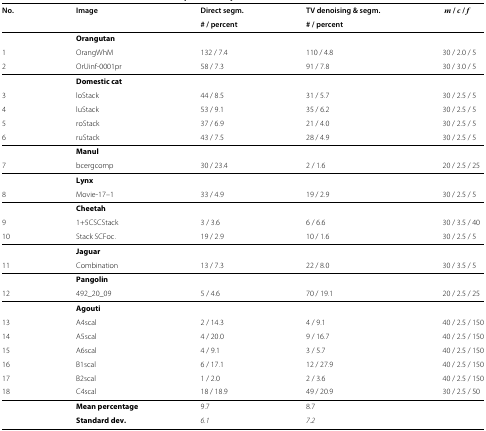
<table><thead><tr><td><b>No.</b></td><td><b>Image</b></td><td><b>Direct segm.</b></td><td><b>TV denoising &amp; segm.</b></td><td><b><i>m</i> /<i>c</i> /<i>f</i></b></td></tr><tr><td><b> </b></td><td><b> </b></td><td><b># / percent</b></td><td><b># / percent</b></td><td><b> </b></td></tr></thead><tbody><tr><td> </td><td><b>Orangutan</b></td><td> </td><td> </td><td> </td></tr><tr><td>1</td><td>OrangWhM</td><td>132 / 7.4</td><td>110 / 4.8</td><td>30 / 2.0 / 5</td></tr><tr><td>2</td><td>OrUinf-0001pr</td><td>58 / 7.3</td><td>91 / 7.8</td><td>30 / 3.0 / 5</td></tr><tr><td> </td><td><b>Domestic cat</b></td><td> </td><td> </td><td> </td></tr><tr><td>3</td><td>loStack</td><td>44 / 8.5</td><td>31 / 5.7</td><td>30 / 2.5 / 5</td></tr><tr><td>4</td><td>luStack</td><td>53 / 9.1</td><td>35 / 6.2</td><td>30 / 2.5 / 5</td></tr><tr><td>5</td><td>roStack</td><td>37 / 6.9</td><td>21 / 4.0</td><td>30 / 2.5 / 5</td></tr><tr><td>6</td><td>ruStack</td><td>43 / 7.5</td><td>28 / 4.9</td><td>30 / 2.5 / 5</td></tr><tr><td> </td><td><b>Manul</b></td><td> </td><td> </td><td> </td></tr><tr><td>7</td><td>bcergcomp</td><td>30 / 23.4</td><td>2 / 1.6</td><td>20 / 2.5 / 25</td></tr><tr><td> </td><td><b>Lynx</b></td><td> </td><td> </td><td> </td></tr><tr><td>8</td><td>Movie-17–1</td><td>33 / 4.9</td><td>19 / 2.9</td><td>30 / 2.5 / 5</td></tr><tr><td> </td><td><b>Cheetah</b></td><td> </td><td> </td><td> </td></tr><tr><td>9</td><td>1+5CSCStack</td><td>3 / 3.6</td><td>6 / 6.6</td><td>30 / 3.5 / 40</td></tr><tr><td>10</td><td>Stack SCFoc.</td><td>19 / 2.9</td><td>10 / 1.6</td><td>30 / 2.5 / 5</td></tr><tr><td> </td><td><b>Jaguar</b></td><td> </td><td> </td><td> </td></tr><tr><td>11</td><td>Combination</td><td>13 / 7.3</td><td>22 / 8.0</td><td>30 / 3.5 / 5</td></tr><tr><td> </td><td><b>Pangolin</b></td><td> </td><td> </td><td> </td></tr><tr><td>12</td><td>492_20_09</td><td>5 / 4.6</td><td>70 / 19.1</td><td>20 / 2.5 / 25</td></tr><tr><td> </td><td><b>Agouti</b></td><td> </td><td> </td><td> </td></tr><tr><td>13</td><td>A4scal</td><td>2 / 14.3</td><td>4 / 9.1</td><td>40 / 2.5 / 150</td></tr><tr><td>14</td><td>A5scal</td><td>4 / 20.0</td><td>9 / 16.7</td><td>40 / 2.5 / 150</td></tr><tr><td>15</td><td>A6scal</td><td>4 / 9.1</td><td>3 / 5.7</td><td>40 / 2.5 / 150</td></tr><tr><td>16</td><td>B1scal</td><td>6 / 17.1</td><td>12 / 27.9</td><td>40 / 2.5 / 150</td></tr><tr><td>17</td><td>B2scal</td><td>1 / 2.0</td><td>2 / 3.6</td><td>40 / 2.5 / 150</td></tr><tr><td>18</td><td>C4scal</td><td>18 / 18.9</td><td>49 / 20.9</td><td>30 / 2.5 / 50</td></tr><tr><td> </td><td><b>Mean percentage</b></td><td>9.7</td><td>8.7</td><td> </td></tr><tr><td> </td><td><b>Standard dev.</b></td><td><i>6.1</i></td><td><i>7.2</i></td><td> </td></tr></tbody></table>